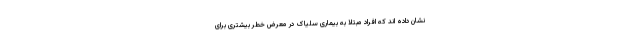
نشان داده اند که افراد مبتلا به بیماری سلیاک در معرض خطر بیشتری برای